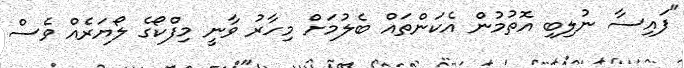
"ފައިސާ ނުލިބި އޮތުމުން އެކަންތައް ބެލުމަށް މިހާރު ވާނީ މިފްކޯގެ ލޯޔަރެއް ވެސް